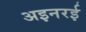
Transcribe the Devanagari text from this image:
अइनरई